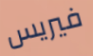
فيريس